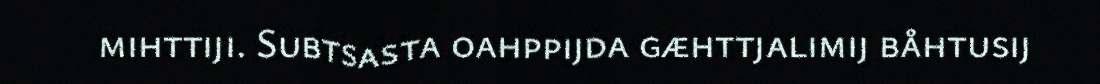
mihttiji. Subtsasta oahppijda gæhttjalimij båhtusij